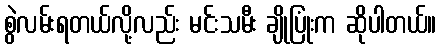
စွဲလမ်းရတယ်လို့လည်း မင်းသမီး ချိုပြုံးက ဆိုပါတယ်။